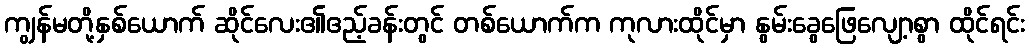
ကျွန်မတို့နှစ်ယောက် ဆိုင်လေး၏ဧည့်ခန်းတွင် တစ်ယောက်က ကုလားထိုင်မှာ နွမ်းခွေဖြေလျော့စွာ ထိုင်ရင်း